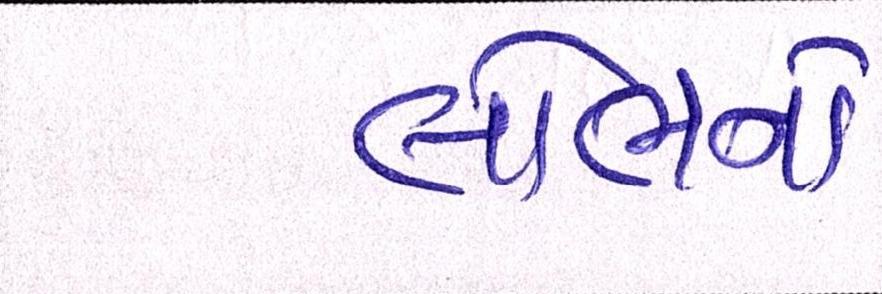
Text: લોભનો